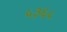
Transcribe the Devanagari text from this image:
५३६५